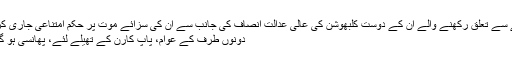
ممبئئ میں کلبھوشن جادھو کے محلے سے تعلق رکھنے والے ان کے دوست کلبھوشن کی عالی عدالت انصاف کی جانب سے ان کی سزائے موت پر حکم امتناعی جاری کرنے پر خوشی کا اظہار کر رہے ہیں
دونوں طرف کے عوام، پاپ کارن کے تھیلے لئے، پھانسی ہو گی، پھانسی نہیں ہو گی کہ منتظر ہیں۔